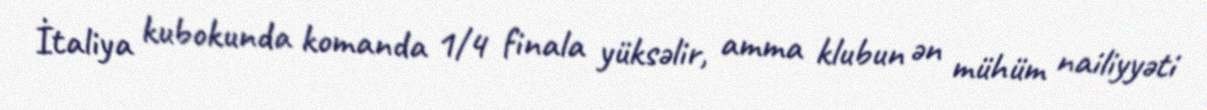
İtaliya kubokunda komanda 1/4 finala yüksəlir, amma klubun ən mühüm nailiyyəti